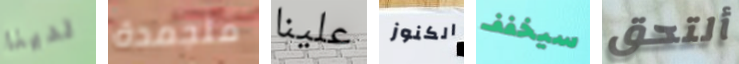
لدينا متجمدة علينا الكنوز سيخفف ألتحق